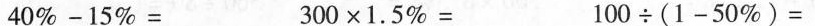
$$4 0 % - 1 5 % =$$ $$3 0 0 \times 1 . 5 % =$$ $$1 0 0 \div ( 1 - 5 0 % ) =$$